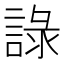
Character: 𧨹